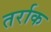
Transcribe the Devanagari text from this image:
तर्राक